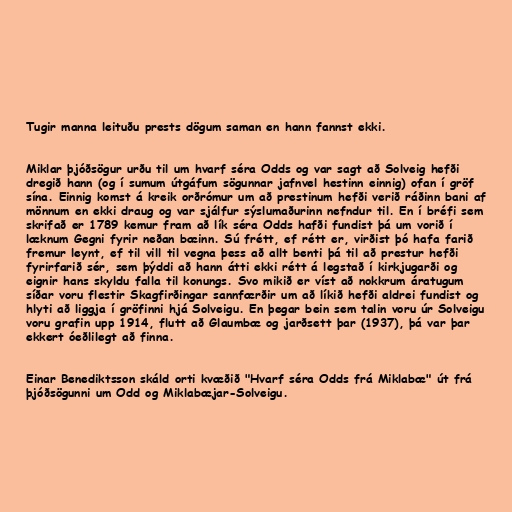
Tugir manna leituðu prests dögum saman en hann fannst ekki.

Miklar þjóðsögur urðu til um hvarf séra Odds og var sagt að Solveig hefði
dregið hann (og í sumum útgáfum sögunnar jafnvel hestinn einnig) ofan í gröf
sína. Einnig komst á kreik orðrómur um að prestinum hefði verið ráðinn bani af
mönnum en ekki draug og var sjálfur sýslumaðurinn nefndur til. En í bréfi sem
skrifað er 1789 kemur fram að lík séra Odds hafði fundist þá um vorið í
læknum Gegni fyrir neðan bæinn. Sú frétt, ef rétt er, virðist þó hafa farið
fremur leynt, ef til vill til vegna þess að allt benti þá til að prestur hefði
fyrirfarið sér, sem þýddi að hann átti ekki rétt á legstað í kirkjugarði og
eignir hans skyldu falla til konungs. Svo mikið er víst að nokkrum áratugum
síðar voru flestir Skagfirðingar sannfærðir um að líkið hefði aldrei fundist og
hlyti að liggja í gröfinni hjá Solveigu. En þegar bein sem talin voru úr Solveigu
voru grafin upp 1914, flutt að Glaumbæ og jarðsett þar (1937), þá var þar
ekkert óeðlilegt að finna.

Einar Benediktsson skáld orti kvæðið "Hvarf séra Odds frá Miklabæ" út frá
þjóðsögunni um Odd og Miklabæjar-Solveigu.